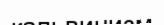
кальвинизм